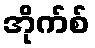
အိုက်စ်